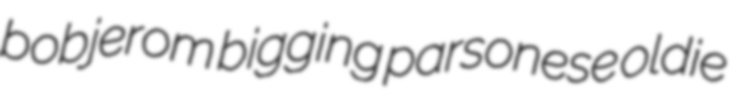
bobjerom bigging parsonese oldie